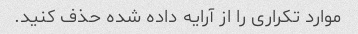
موارد تکراری را از آرایه داده شده حذف کنید.